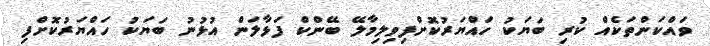
ވައްކަންތަކެއް ކުރި ބަޔަކު ހައްޔަރުކޮށްފިވިލިމާލޭ ބޭންކް ފަޅާލަން އުޅުނު ބަޔަކު ހައްޔަރުކޮށްފި